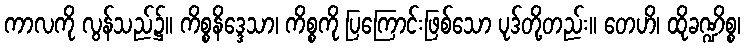
ကာလကို လွန်သည်၌။ ကိစ္စနိဒ္ဒေသာ၊ ကိစ္စကို ပြကြောင်းဖြစ်သော ပုဒ်တို့တည်း။ တေဟိ၊ ထိုခဏ္ဍိစ္စ၊